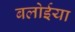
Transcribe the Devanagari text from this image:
बलोईया